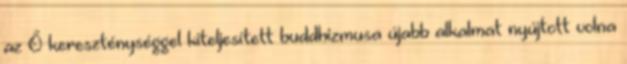
az Ő kereszténységgel kiteljesített buddhizmusa újabb alkalmat nyújtott volna